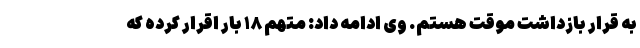
به قرار بازداشت موقت هستم. وی ادامه داد: متهم ۱۸ بار اقرار کرده که